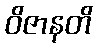
ဝိဇာနတိ